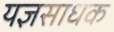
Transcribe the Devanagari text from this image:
यज्ञसाधक